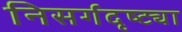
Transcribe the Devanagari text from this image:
निसर्गदृष्ट्या